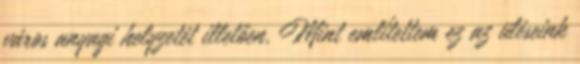
város anyagi helyzetét illetően. Mint említettem ez az üléseink